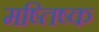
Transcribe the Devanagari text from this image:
मष्‍तिष्‍क